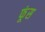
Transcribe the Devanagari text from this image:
फूंस